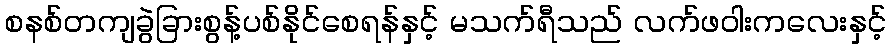
စနစ်တကျခွဲခြားစွန့်ပစ်နိုင်စေရန်နှင့် မသက်ရီသည် လက်ဖဝါးကလေးနှင့်